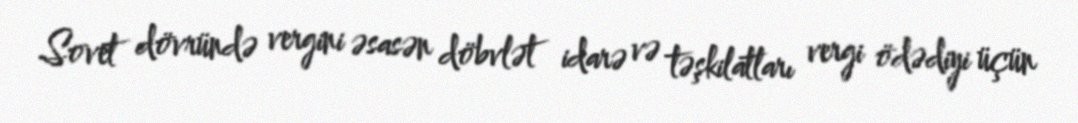
Sovet dövründə vergini əsasən döbvlət idarə və təşkilatları vergi ödədiyi üçün